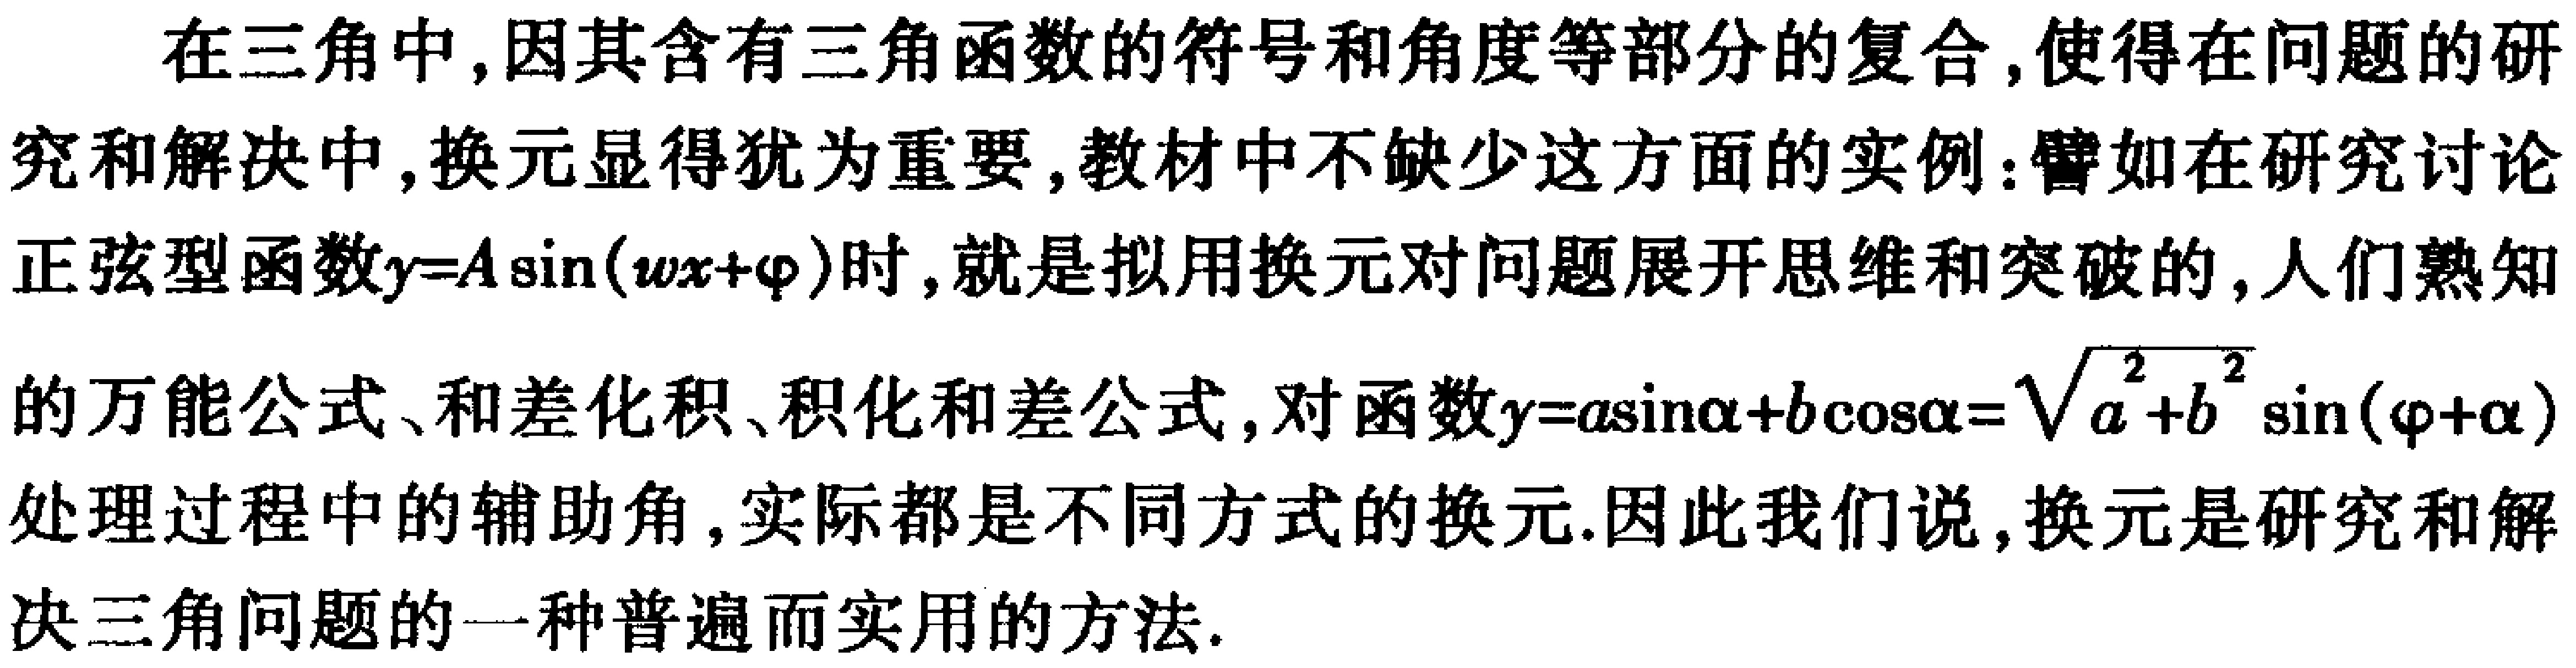
在三角中,因其含有三角函数的符号和角度等部分的复合,使得在问题的研究和解决中,换元显得犹为重要,教材中不缺少这方面的实例:譬如在研究讨论正弦型函数\(y = A\sin(\omega x+\varphi)\)时,就是拟用换元对问题展开思维和突破的,人们熟知的万能公式、和差化积、积化和差公式,对函数\(y = a\sin\alpha + b\cos\alpha=\sqrt{a^{2}+b^{2}}\sin(\varphi+\alpha)\)处理过程中的辅助角,实际都是不同方式的换元.因此我们说,换元是研究和解决三角问题的一种普遍而实用的方法.